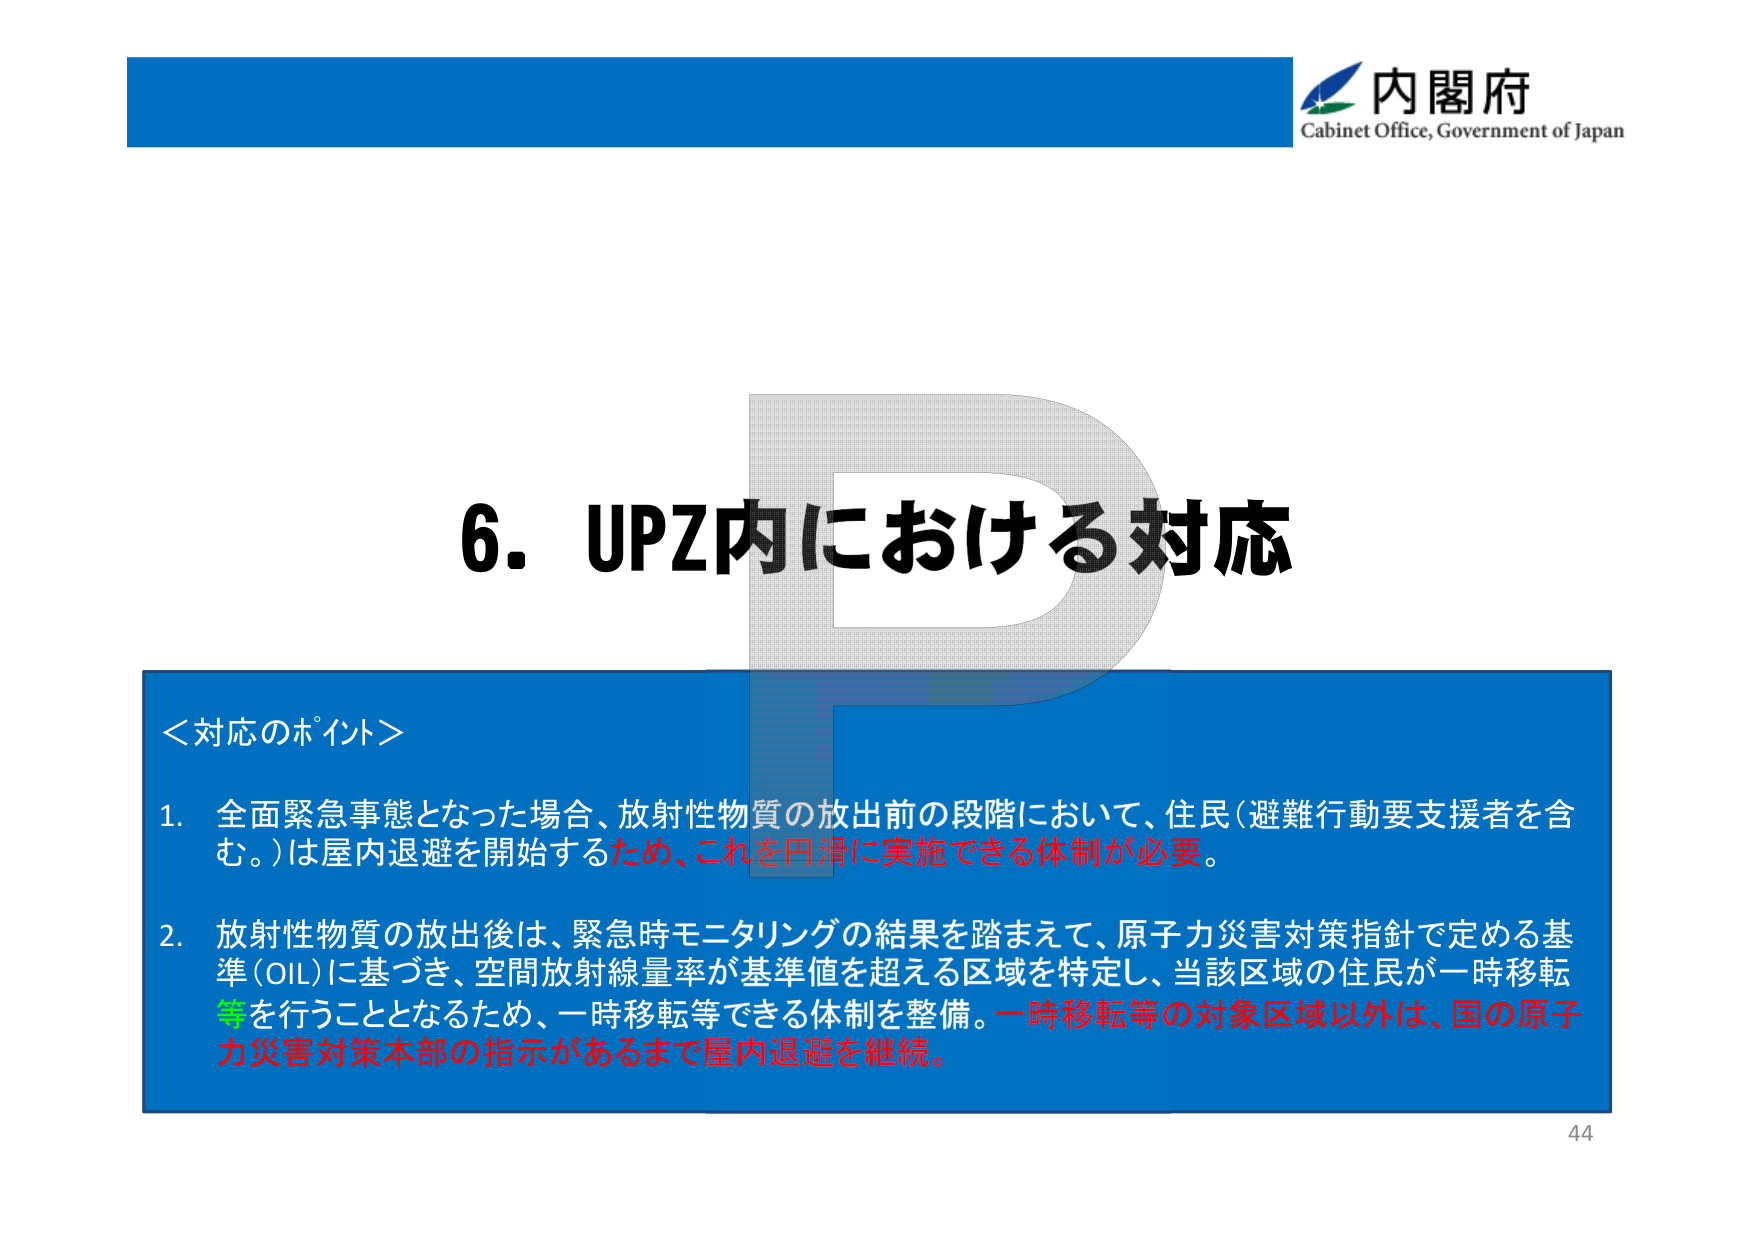
内閣府
Cabinet Office, Government of Japan

6. UPZ内における対応

＜対応のポイント＞

1. 全面緊急事態となった場合、放射性物質の放出前の段階において、住民（避難行動要支援者を含む。）は屋内退避を開始するため、これを円滑に実施できる体制が必要。

2. 放射性物質の放出後は、緊急時モニタリングの結果を踏まえて、原子力災害対策指針で定める基準（OIL）に基づき、空間放射線量率が基準値を超える区域を特定し、当該区域の住民が一時移転等を行うこととなるため、一時移転等できる体制を整備。一時移転等の対象区域以外は、国の原子力災害対策本部の指示があるまで屋内退避を継続。

44